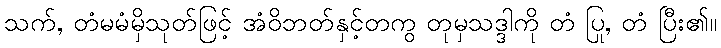
သက်, တံမမံမှိသုတ်ဖြင့် အံဝိဘတ်နှင့်တကွ တုမှသဒ္ဒါကို တံ ပြု, တံ ပြီး၏။